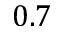
0 . 7